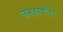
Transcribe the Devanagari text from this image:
जसहरचरित